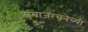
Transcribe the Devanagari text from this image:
समाजरचनेच्या